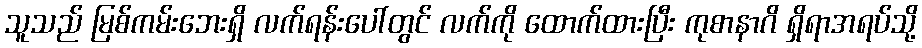
သူသည် မြစ်ကမ်းဘေးရှိ လက်ရန်းပေါ်တွင် လက်ကို ထောက်ထားပြီး ကုစာနာဂိ ရှိရာအရပ်သို့